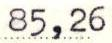
85,26